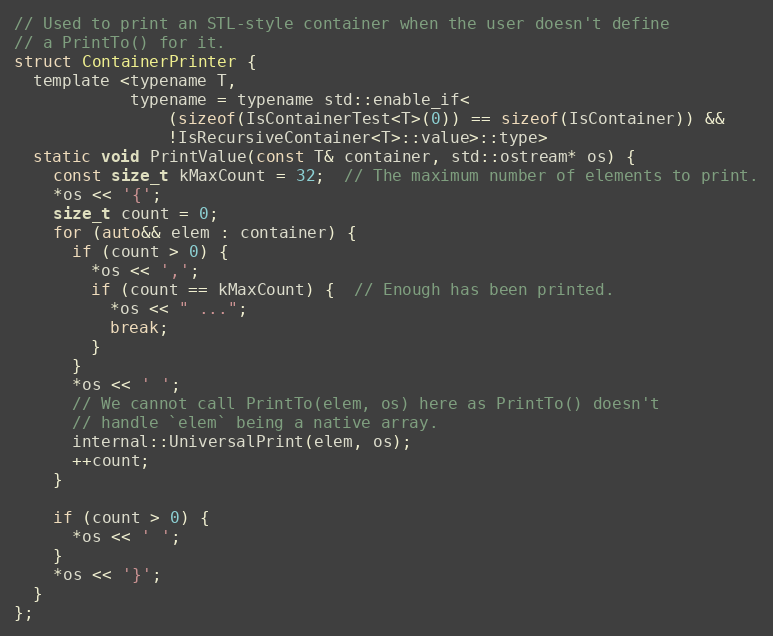
Language: C
// Used to print an STL-style container when the user doesn't define
// a PrintTo() for it.
struct ContainerPrinter {
  template <typename T,
            typename = typename std::enable_if<
                (sizeof(IsContainerTest<T>(0)) == sizeof(IsContainer)) &&
                !IsRecursiveContainer<T>::value>::type>
  static void PrintValue(const T& container, std::ostream* os) {
    const size_t kMaxCount = 32;  // The maximum number of elements to print.
    *os << '{';
    size_t count = 0;
    for (auto&& elem : container) {
      if (count > 0) {
        *os << ',';
        if (count == kMaxCount) {  // Enough has been printed.
          *os << " ...";
          break;
        }
      }
      *os << ' ';
      // We cannot call PrintTo(elem, os) here as PrintTo() doesn't
      // handle `elem` being a native array.
      internal::UniversalPrint(elem, os);
      ++count;
    }

    if (count > 0) {
      *os << ' ';
    }
    *os << '}';
  }
};